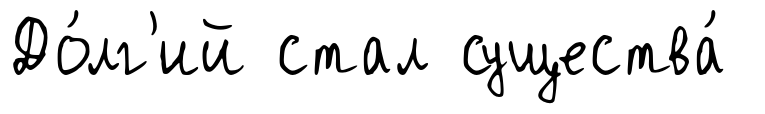
До́лг'ий стал существа́